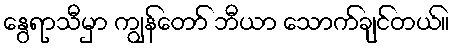
နွေရာသီမှာ ကျွန်တော် ဘီယာ သောက်ချင်တယ်။